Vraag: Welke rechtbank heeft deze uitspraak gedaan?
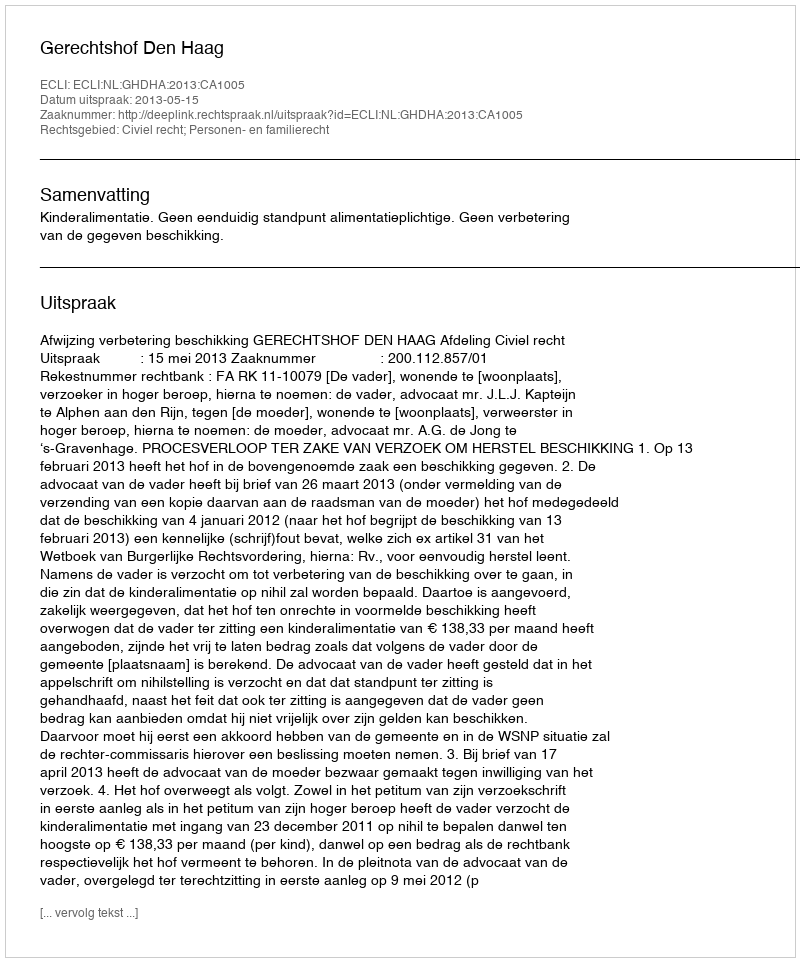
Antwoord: Gerechtshof Den Haag